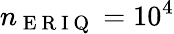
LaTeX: n_{\mathrm{~E~R~I~Q~}}=10^{4}